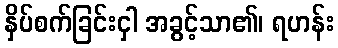
နှိပ်စက်ခြင်းငှါ အခွင့်သာ၏၊ ရဟန်း